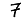
Digit: 7